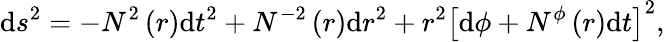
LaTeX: \mathrm{d}s^{2}=-N^{2}\left(r\right)\mathrm{d}t^{2}+N^{-2}\left(r\right)\mathrm{d}r^{2}+r^{2}\left[\mathrm{d}\phi+N^{\phi}\left(r\right)\mathrm{d}t\right]^{2},